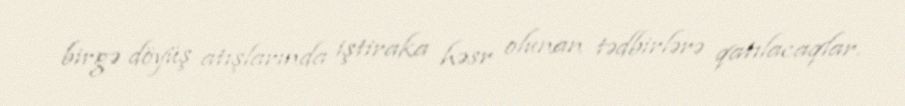
birgə döyüş atışlarında iştiraka həsr olunan tədbirlərə qatılacaqlar.